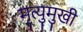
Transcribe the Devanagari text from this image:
मृ्त्युमुखी